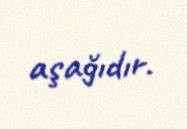
aşağıdır.